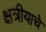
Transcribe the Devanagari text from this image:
क्षत्रीयाचे